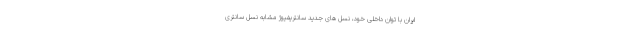
ایران با توان داخلی خود، نسل های جدید سانتریفیوژ مشابه نسل سانتری